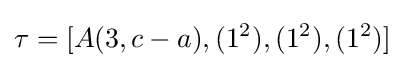
\tau =[A(3,c-a),(1^{2}),(1^{2}),(1^{2})]